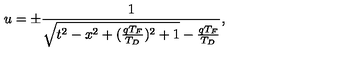
u = \pm \frac { 1 } { \sqrt { t ^ { 2 } - x ^ { 2 } + ( \frac { q T _ { F } } { T _ { D } } ) ^ { 2 } + 1 } - \frac { q T _ { F } } { T _ { D } } } ,